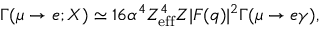
\Gamma ( \mu \rightarrow e ; X ) \simeq 1 6 \alpha ^ { 4 } Z _ { \mathrm { e f f } } ^ { 4 } Z | F ( q ) | ^ { 2 } \Gamma ( \mu \rightarrow e \gamma ) ,